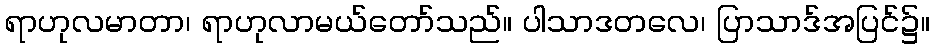
ရာဟုလမာတာ၊ ရာဟုလာမယ်တော်သည်။ ပါသာဒတလေ၊ ပြာသာဒ်အပြင်၌။